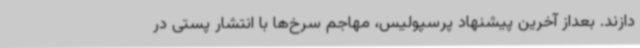
دازند. بعداز آخرین پیشنهاد پرسپولیس، مهاجم سرخ‌ها با انتشار پستی در